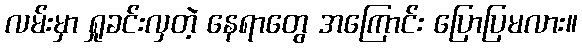
လမ်းမှာ ရှုခင်းလှတဲ့ နေရာတွေ အကြောင်း ပြောပြမလား။